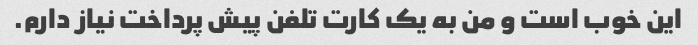
این خوب است و من به یک کارت تلفن پیش پرداخت نیاز دارم.